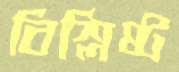
বিশ্লিষ্ট